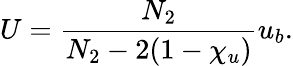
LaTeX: U=\frac{N_{2}}{N_{2}-2(1-\chi_{u})}u_{b}.